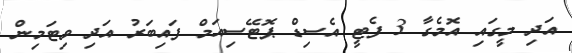
އަދި މީގައި އޮމެގާ 3 ފެޓީ އެސިޑް ޕޮޓޭސިއަމް ފައިބަރު އަދި ވިޓަމިން